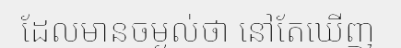
ដែលមានចម្ងល់ថា នៅតែឃើញ